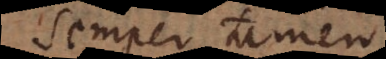
semper tamen